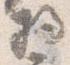
将